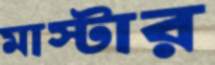
মাস্টার